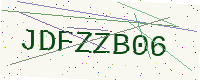
Text: JDFZZB06